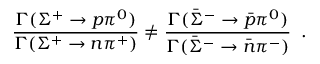
\frac { \Gamma ( \Sigma ^ { + } \to p \pi ^ { 0 } ) } { \Gamma ( \Sigma ^ { + } \to n \pi ^ { + } ) } \neq \frac { \Gamma ( \bar { \Sigma } ^ { - } \to \bar { p } \pi ^ { 0 } ) } { \Gamma ( \bar { \Sigma } ^ { - } \to \bar { n } \pi ^ { - } ) } \; \; .